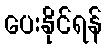
ပေးနိုင်ရန်